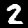
Digit: 2